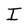
Character: I